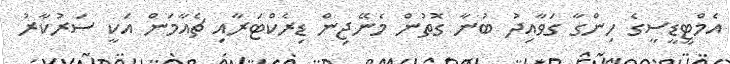
އެމްޓީޑީސީގެ ހިންގާ ގަވާއިދު ބުނާ ގޮތުން މެނޭޖިން ޑިރެކްޓަރާއި ޗެއާމަން އަކީ ސަރުކާރު